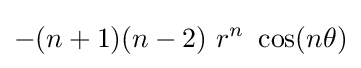
-(n+1)(n-2)~r^{n}~\cos(n\theta )